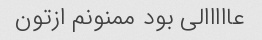
عااااالی بود ممنونم ازتون